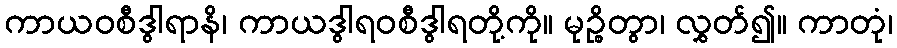
ကာယဝစီဒွါရာနိ၊ ကာယဒွါရဝစီဒွါရတို့ကို။ မုဉ္စိတွာ၊ လွှတ်၍။ ကာတုံ၊